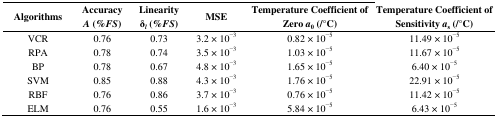
<table><thead><tr><td><b>Algorithms</b></td><td><b>Accuracy <i>A</i> (%<i>FS</i>)</b></td><td><b>Linearity δ<i><sub>l</sub></i> (%<i>FS</i>)</b></td><td><b>MSE</b></td><td><b>Temperature Coefficient of Zero <i>a</i><sub>0</sub> (/°C)</b></td><td><b>Temperature Coefficient of Sensitivity <i>a</i><sub>s</sub> (/°C)</b></td></tr></thead><tbody><tr><td>VCR</td><td>0.76</td><td>0.73</td><td>3.2 × 10<sup>−3</sup></td><td>0.82 × 10<sup>−5</sup></td><td>11.49 × 10<sup>−5</sup></td></tr><tr><td>RPA</td><td>0.78</td><td>0.74</td><td>3.5 × 10<sup>−3</sup></td><td>1.03 × 10<sup>−5</sup></td><td>11.67 × 10<sup>−5</sup></td></tr><tr><td>BP</td><td>0.78</td><td>0.67</td><td>4.8 × 10<sup>−3</sup></td><td>1.65 × 10<sup>−5</sup></td><td>6.40 × 10<sup>−5</sup></td></tr><tr><td>SVM</td><td>0.85</td><td>0.88</td><td>4.3 × 10<sup>−3</sup></td><td>1.76 × 10<sup>−5</sup></td><td>22.91 × 10<sup>−5</sup></td></tr><tr><td>RBF</td><td>0.76</td><td>0.86</td><td>3.7 × 10<sup>−3</sup></td><td>0.76 × 10<sup>−5</sup></td><td>11.42 × 10<sup>−5</sup></td></tr><tr><td>ELM</td><td>0.76</td><td>0.55</td><td>1.6 × 10<sup>−3</sup></td><td>5.84 × 10<sup>−5</sup></td><td>6.43 × 10<sup>−5</sup></td></tr></tbody></table>